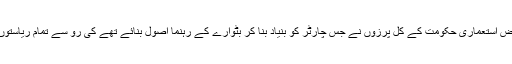
تقسیم ہند کے وقت لارڈ ماؤنٹ بیٹن کی سالاری میں برصغیر پر قابض استعماری حکومت کے کل پرزوں نے جس چارٹر کو بنیاد بنا کر بٹوارے کے رہنما اصول بنائے تھے کی رو سے تمام ریاستوں کو پاکستان و بھارت کے ساتھ مکمل الحاق کرنے کا اختیار دیا تھا۔